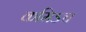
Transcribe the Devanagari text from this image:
कमिऽच